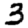
Digit: 3